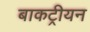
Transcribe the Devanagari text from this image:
बाकट्रीयन